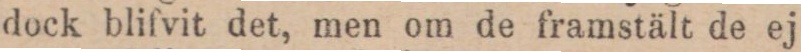
dock blifvit det, men om de framstält de ej